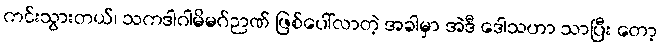
ကင်းသွားတယ်၊ သကဒါဂါမိမဂ်ဉာဏ် ဖြစ်ပေါ်လာတဲ့ အခါမှာ အဲဒီ ဒေါသဟာ သာပြီး တော့